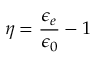
\eta = { \frac { \epsilon _ { e } } { \epsilon _ { 0 } } } - 1